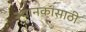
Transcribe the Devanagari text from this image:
स्थानकांसाठी